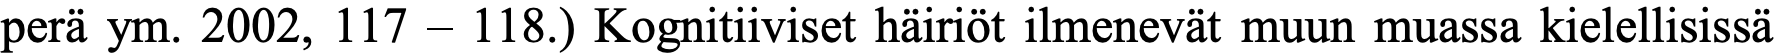
perä ym. 2002, 117 – 118.) Kognitiiviset häiriöt ilmenevät muun muassa kielellisissä